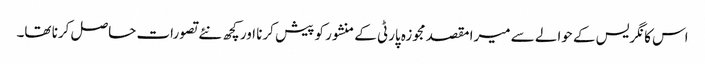
اس کانگریس کے حوالے سے میرا مقصد مجوزہ پارٹی کے منشور کو پیش کرنا اور کچھ نئے تصورات حاصل کرنا تھا۔